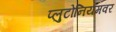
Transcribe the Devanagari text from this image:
प्लुटोनियमवर